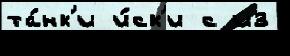
та́нк'и и́ск'и с из